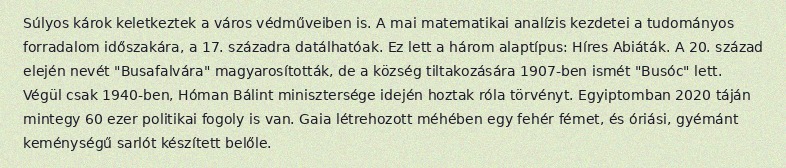
Súlyos károk keletkeztek a város védműveiben is. A mai matematikai analízis kezdetei a tudományos forradalom időszakára, a 17. századra datálhatóak. Ez lett a három alaptípus: Híres Abiáták. A 20. század elején nevét "Busafalvára" magyarosították, de a község tiltakozására 1907-ben ismét "Busóc" lett. Végül csak 1940-ben, Hóman Bálint minisztersége idején hoztak róla törvényt. Egyiptomban 2020 táján mintegy 60 ezer politikai fogoly is van. Gaia létrehozott méhében egy fehér fémet, és óriási, gyémánt keménységű sarlót készített belőle.